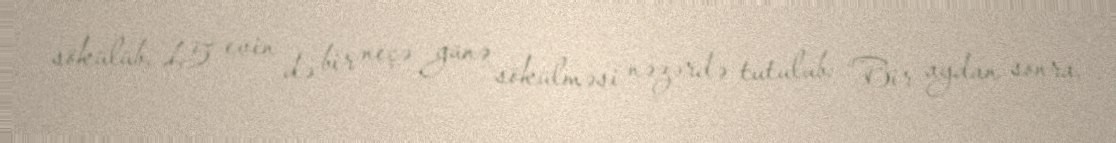
sökülüb, 15 evin də bir neçə günə sökülməsi nəzərdə tutulub: “Bir aydan sonra,